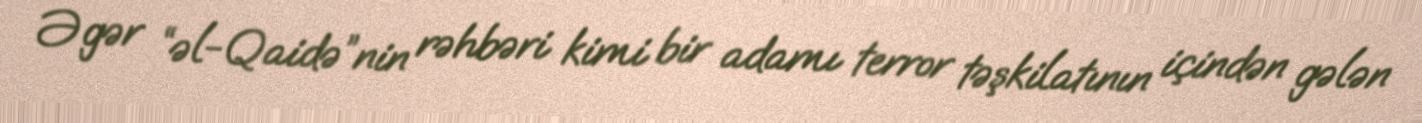
Əgər “əl-Qaidə”nin rəhbəri kimi bir adamı terror təşkilatının içindən gələn